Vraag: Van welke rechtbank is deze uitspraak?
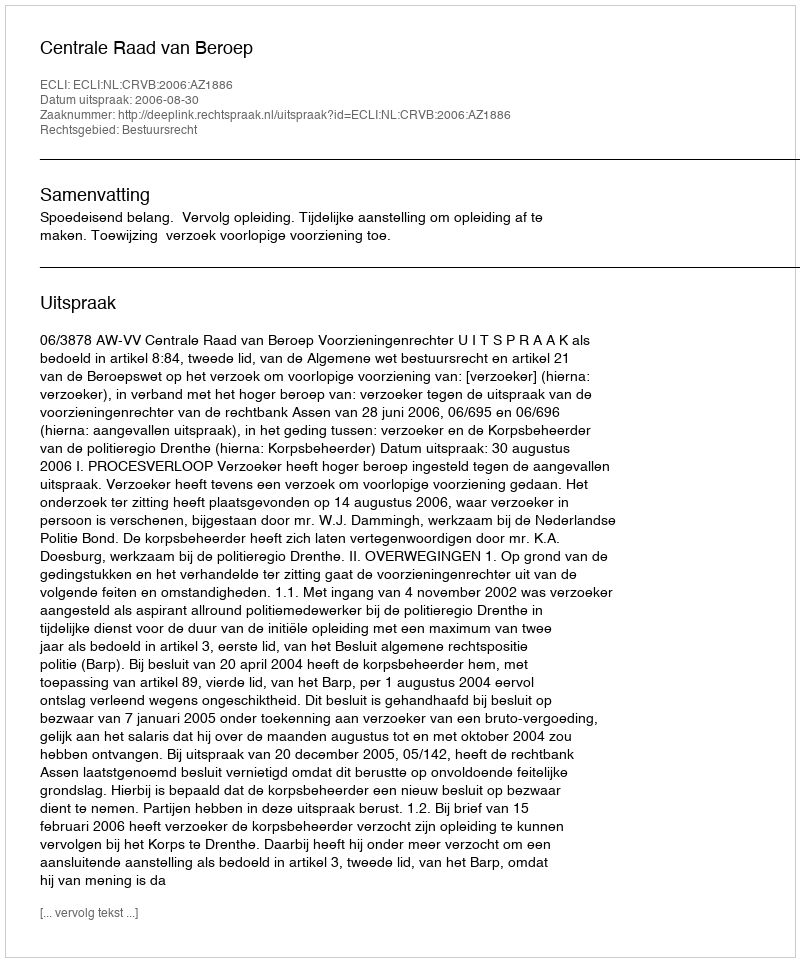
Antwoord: Centrale Raad van Beroep